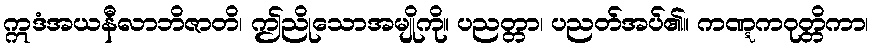
ဣဒံအယနီလာဘိဇာတိ၊ ဤညိုသောအမျိုကို။ ပညတ္တာ၊ ပညတ်အပ်၏။ ကဏ္ဋကဝုတ္တိကာ၊